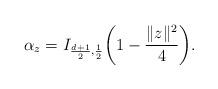
LaTeX: \begin{align*}\alpha_z = I_{\frac{d+1}{2},\frac{1}{2}} \biggl(1- \frac{\|z\|^2}{4}\biggr).\end{align*}